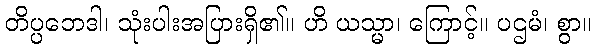
တိပ္ပဘေဒါ၊ သုံးပါးအပြားရှိ၏။ ဟိ ယသ္မာ၊ ကြောင့်။ ပဌမံ၊ စွာ။